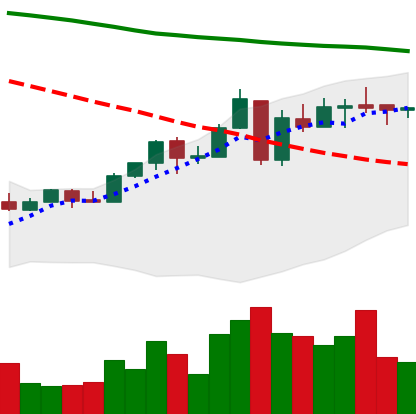
Ticker: ETC-USD
Chart end date: 2018-05-02
Forward return: 9.086%
Label: up_7plus